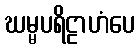
ဃမ္မပရိဠာဟံပေ